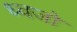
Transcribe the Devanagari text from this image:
ध्वजो